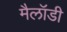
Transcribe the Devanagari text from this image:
मैलॉडी